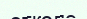
отколе